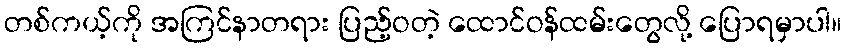
တစ်ကယ့်ကို အကြင်နာတရား ပြည့်ဝတဲ့ ထောင်ဝန်ထမ်းတွေလို့ ပြောရမှာပါ။